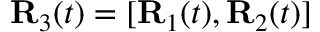
{ \bf R } _ { 3 } ( t ) = [ { \bf R } _ { 1 } ( t ) , { \bf R } _ { 2 } ( t ) ]